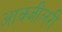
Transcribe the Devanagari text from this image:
आक्जीलरी